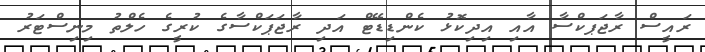
ރައީސް ރާޖަަޕކްސާ އާއި އިދިކޮޅު ކެންޑިޑޭޓް އަދި ރާޖަޕަކްސާގެ ކުރީގެ ހެލްތު މިނިސްޓަރު